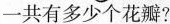
一共有多少个花瓣?